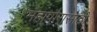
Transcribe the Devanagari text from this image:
महापौरासाठी